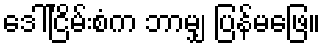
ဒေါ်ငြိမ်းစံက ဘာမျှ ပြန်မဖြေ။